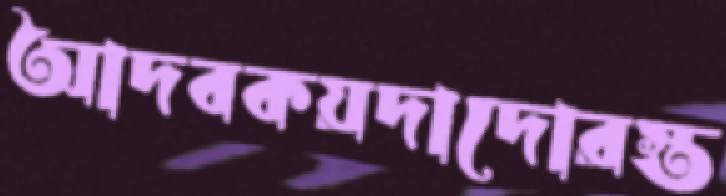
আদবকয়দাদোরস্ত